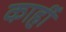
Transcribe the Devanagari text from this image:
काहीँ